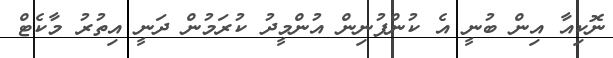
ނޮކިއާ އިން ބުނީ އެ ކުންފުނިން އުންމީދު ކުރަމުން ދަނީ އިތުރު މާކެޓް